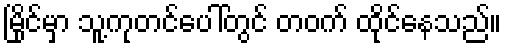
မြိုင်မှာ သူ့ကုတင်ပေါ်တွင် တဝက် ထိုင်နေသည်။